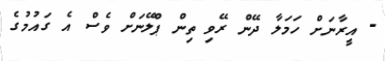
- އީރާނަށް ހަމަލާ ދޭން ރޭވި ތިން ޕްލޭނަށް ވެސް އެ ގައުމުގެ